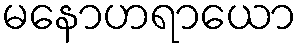
မနောဟရာယော